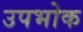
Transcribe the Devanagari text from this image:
उपभोक